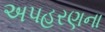
અપહરણના